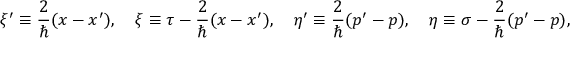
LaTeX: \xi ^ { \prime } \equiv { \frac { 2 } { \hbar } } ( x - x ^ { \prime } ) , \quad \xi \equiv \tau - { \frac { 2 } { \hbar } } ( x - x ^ { \prime } ) , \quad \eta ^ { \prime } \equiv { \frac { 2 } { \hbar } } ( p ^ { \prime } - p ) , \quad \eta \equiv \sigma - { \frac { 2 } { \hbar } } ( p ^ { \prime } - p ) ,